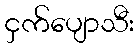
ငှက်ပျောသီး